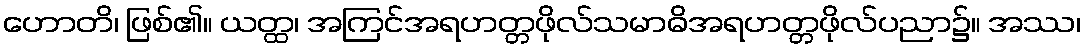
ဟောတိ၊ ဖြစ်၏။ ယတ္ထ၊ အကြင်အရဟတ္တဖိုလ်သမာဓိအရဟတ္တဖိုလ်ပညာ၌။ အဿ၊